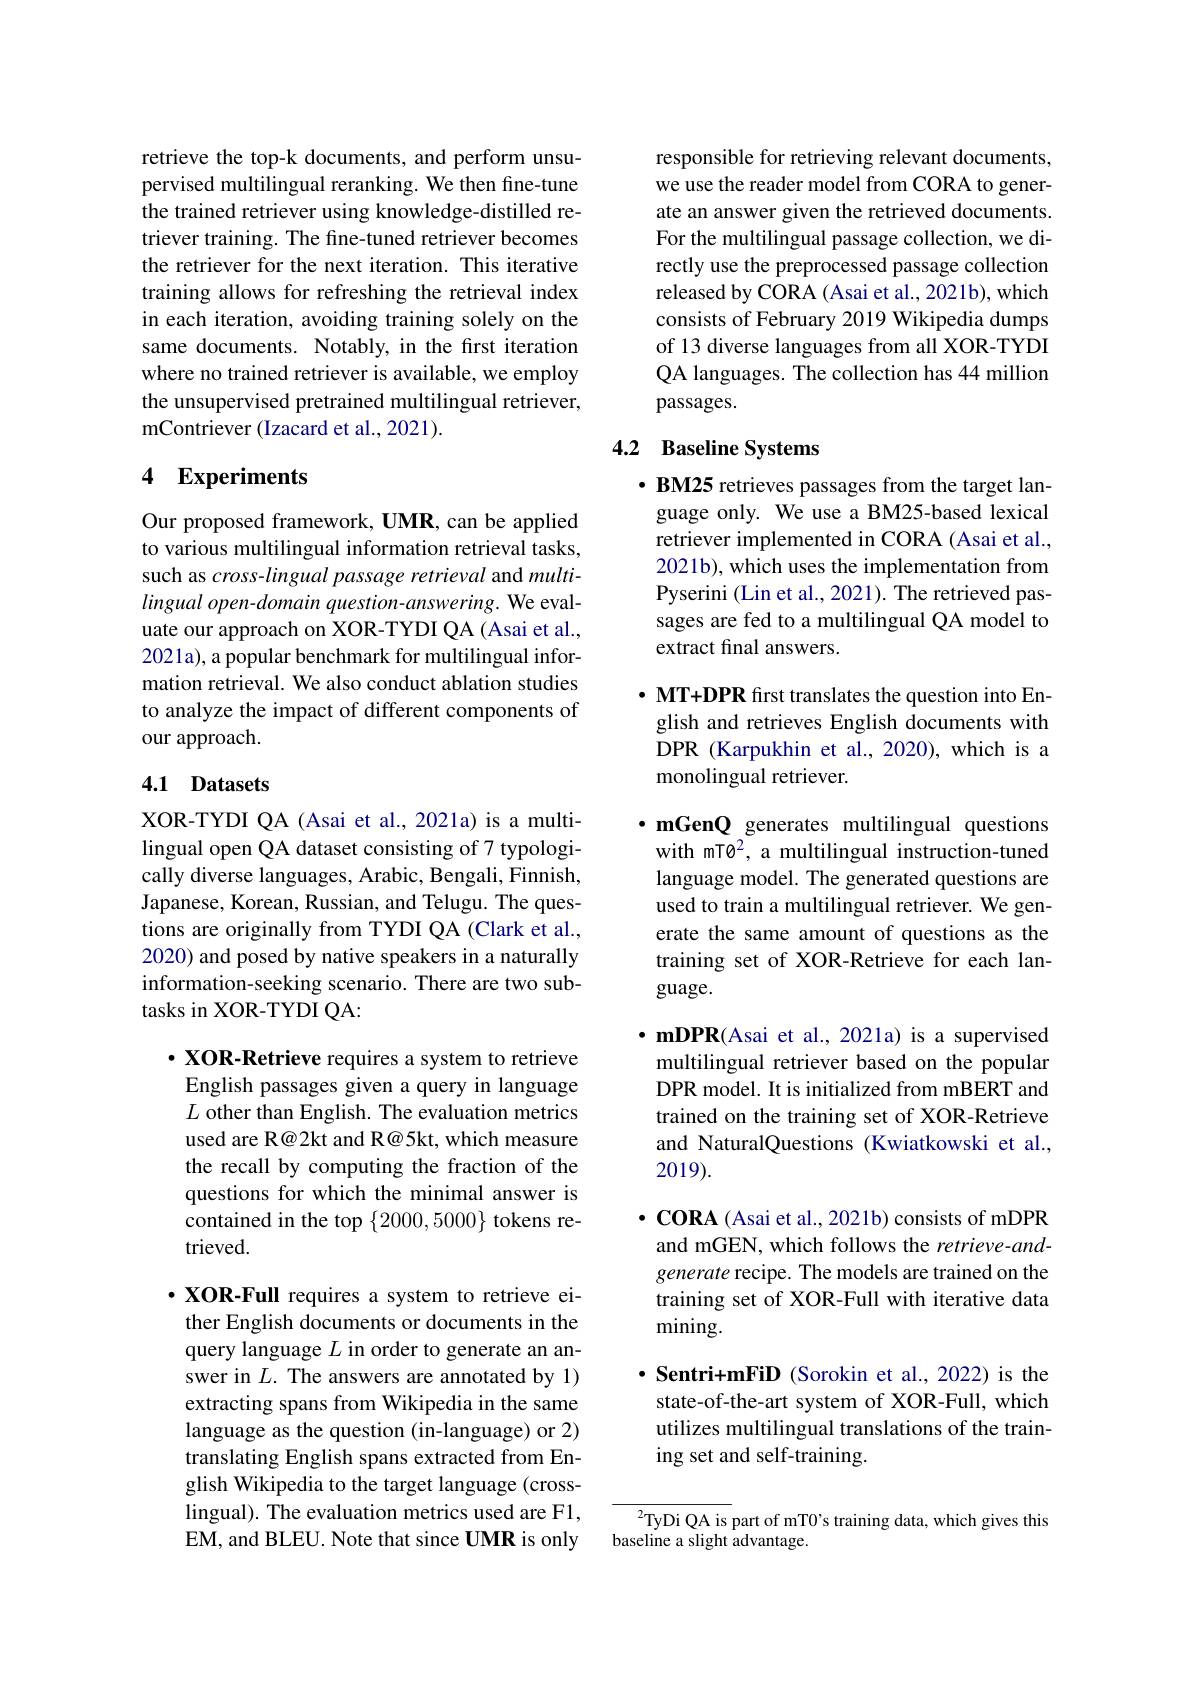
retrieve the top-k documents, and perform unsupervised multilingual reranking. We then fine-tune the trained retriever using knowledge-distilled retriever training. The fine-tuned retriever becomes the retriever for the next iteration. This iterative training allows for refreshing the retrieval index in each iteration, avoiding training solely on the same documents. Notably, in the frst iteration where no trained retriever is available, we employ the unsupervised pretrained multilingual retriever, mContriever (Izacard et al., 2021).

## 4 Experiments

Our proposed framework, UMR, can be applied to various multilingual information retrieval tasks, such as cross-lingual passage retrieval and multi- $lingual\textit{ open- domain question- answering. We eval- }$ uate our approach on XOR-TYDI QA (Asai et al., 2021a), a popular benchmark for multilingual information retrieval. We also conduct ablation studies to analyze the impact of different components of our approach.

### 4.1 Datasets

XOR-TYDI QA (Asai et al., 2021a) is a multilingual open QA dataset consisting of 7 typologically diverse languages, Arabic, Bengali, Finnish, Japanese, Korean, Russian, and Telugu. The questions are originally from TYDI QA (Clark et al., 2020) and posed by native speakers in a naturally information-seeking scenario. There are two subtasks in XOR-TYDI QA:

$\cdot$ XOR-Retrieve requires a system to retrieve English passages given a query in language $L$ other than English. The evaluation metrics used are R@2kt and R@5kt, which measure the recall by computing the fraction of the questions for which the minimal answer is contained in the top $\{2000,5000\}$ tokens retrieved.

$\cdot$ XOR-Full requires a system to retrieve either English documents or documents in the query language $L$ in order to generate an answer in $L.$ The answers are annotated by 1) extracting spans from Wikipedia in the same language as the question (in-language) or 2) translating English spans extracted from English Wikipedia to the target language (crosslingual). The evaluation metrics used are F1, EM, and BLEU. Note that since UMR is only

responsible for retrieving relevant documents, we use the reader model from CORA to generate an answer given the retrieved documents. For the multilingual passage collection, we directly use the preprocessed passage collection released by CORA (Asai et al., 2021b), which consists of February 2019 Wikipedia dumps of 13 diverse languages from all XOR-TYDI QA languages. The collection has 44 million passages.

## 4.2 Baseline Systems

· BM25 retrieves passages from the target language only. We use a BM25-based lexical retriever implemented in CORA (Asai et al. 2021b), which uses the implementation from Pyserini (Lin et al., 2021). The retrieved passages are fed to a multilingual QA model to extract final answers.

$\cdot$MT+ DPR frst translates the question into En- glish and retrieves English documents with DPR (Karpukhin et al., 2020), which is a monolingual retriever.

$\cdot$ mGenQ generates multilingual questions with mT$0^2$, a multilingual instruction-tuned language model. The generated questions are used to train a multilingual retriever. We generate the same amount of questions as the training set of XOR-Retrieve for each language.

$\cdot\mathbf{mDPR}($Asai et al.,2021a) is a supervised multilingual retriever based on the popular DPR model. It is initialized from mBERT and trained on the training set of XOR-Retrieve and NaturalQuestions (Kwiatkowski et al., 2019).

$\cdot$CORA ( Asai et al. , 2021b) consists of mDPR and mGEN, which follows the retrieve-andgenerate recipe. The models are trained on the training set of XOR-Full with iterative data mining.

$\cdot$ Sentri+mFiD (Sorokin et al., 2022) is the state-of-the-art system of XOR-Full, which utilizes multilingual translations of the training set and self-training.

${^{2}\text{TyDi QA is }}$part of mT0's training data, which gives this
$\ddot{\text{baseline a slight advantage}}.$